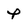
Character: P